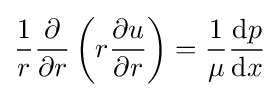
{\frac {1}{r}}{\frac {\partial }{\partial r}}\left(r{\frac {\partial u}{\partial r}}\right)={\frac {1}{\mu }}{\frac {\mathrm {d} p}{\mathrm {d} x}}